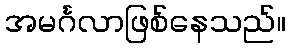
အမင်္ဂလာဖြစ်နေသည်။